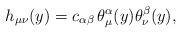
LaTeX: \begin{align*}h_{\mu \nu}(y) = c_{\alpha \beta} \, \theta^\alpha_\mu(y)\theta^\beta_\nu(y), \end{align*}